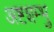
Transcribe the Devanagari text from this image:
अष्टशम्भु